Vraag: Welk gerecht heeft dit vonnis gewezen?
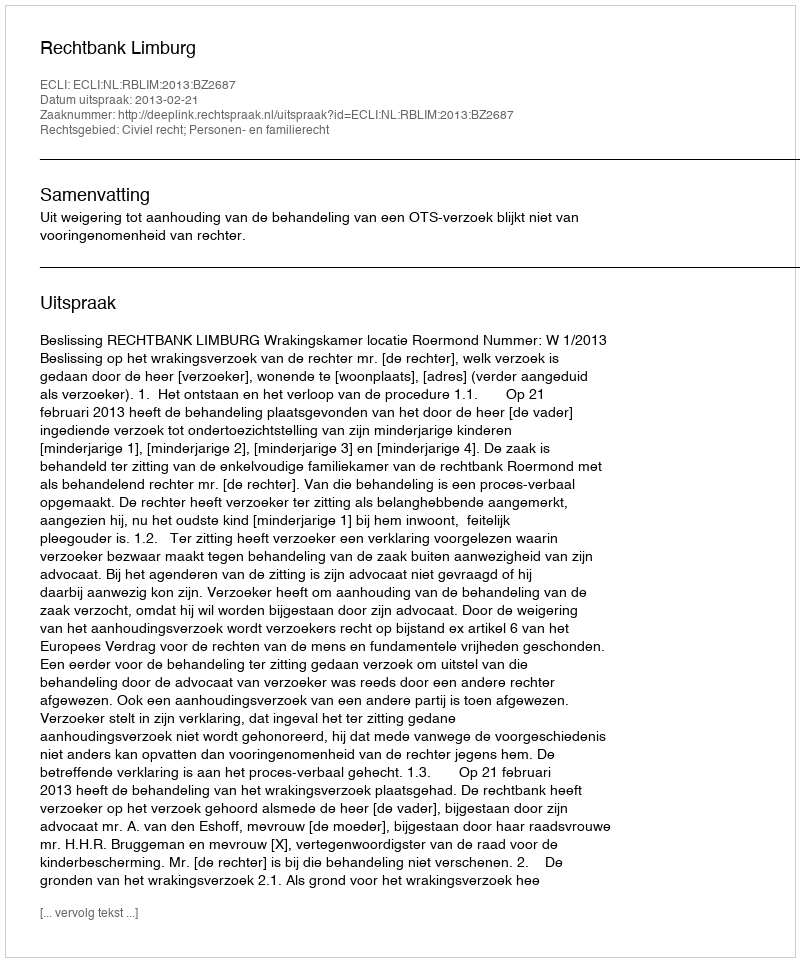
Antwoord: Rechtbank Limburg